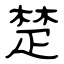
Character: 楚